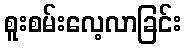
စူးစမ်းလေ့လာခြင်း